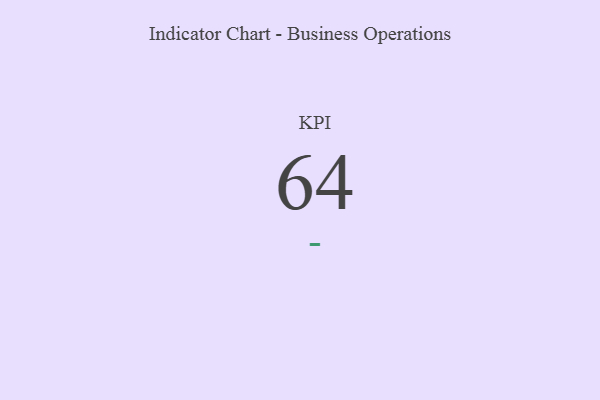
{"axis": {"x": "KPI", "y": "Value"}, "legend": [""], "data": [{"x": "KPI", "y": 64, "type": ""}]}